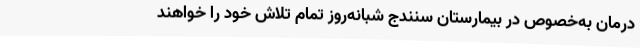
درمان به‌خصوص در بیمارستان سنندج شبانه‌روز تمام تلاش خود را خواهند